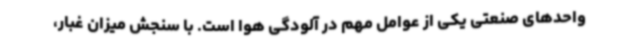
واحدهای صنعتی یکی از عوامل مهم در آلودگی هوا است. با سنجش میزان غبار،